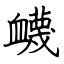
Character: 衊